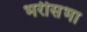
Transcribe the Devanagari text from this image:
भरीसभा